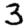
Digit: 3